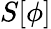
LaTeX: S[\phi]